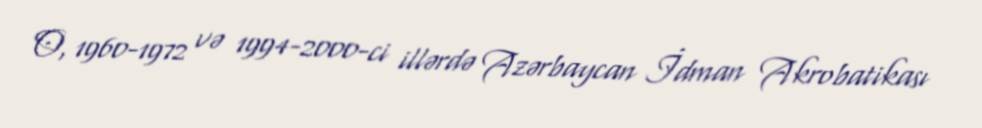
O, 1960-1972 və 1994-2000-ci illərdə Azərbaycan İdman Akrobatikası